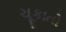
ચૂકાતો